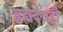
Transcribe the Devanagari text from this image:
ब्रह्मदेवही